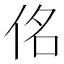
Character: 佲